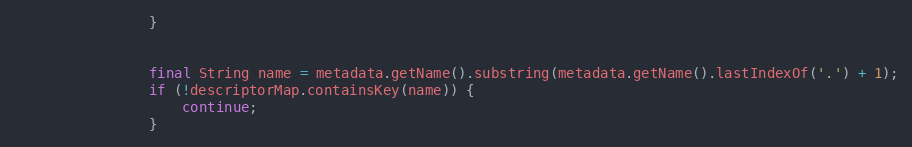
Language: Java
                }

                final String name = metadata.getName().substring(metadata.getName().lastIndexOf('.') + 1);
                if (!descriptorMap.containsKey(name)) {
                    continue;
                }